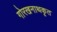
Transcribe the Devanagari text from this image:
गोरखनाथकृत